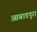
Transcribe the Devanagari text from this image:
आबाडपुरा